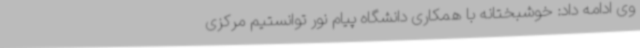
وی ادامه داد: خوشبختانه با همکاری دانشگاه پیام نور توانستیم مرکزی